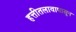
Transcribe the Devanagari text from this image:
हत्तीतलावापासून